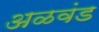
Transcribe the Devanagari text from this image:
अळवंड